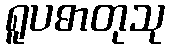
ရူပဓာတုသု